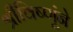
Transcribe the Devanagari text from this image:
श्रीविष्णूंने